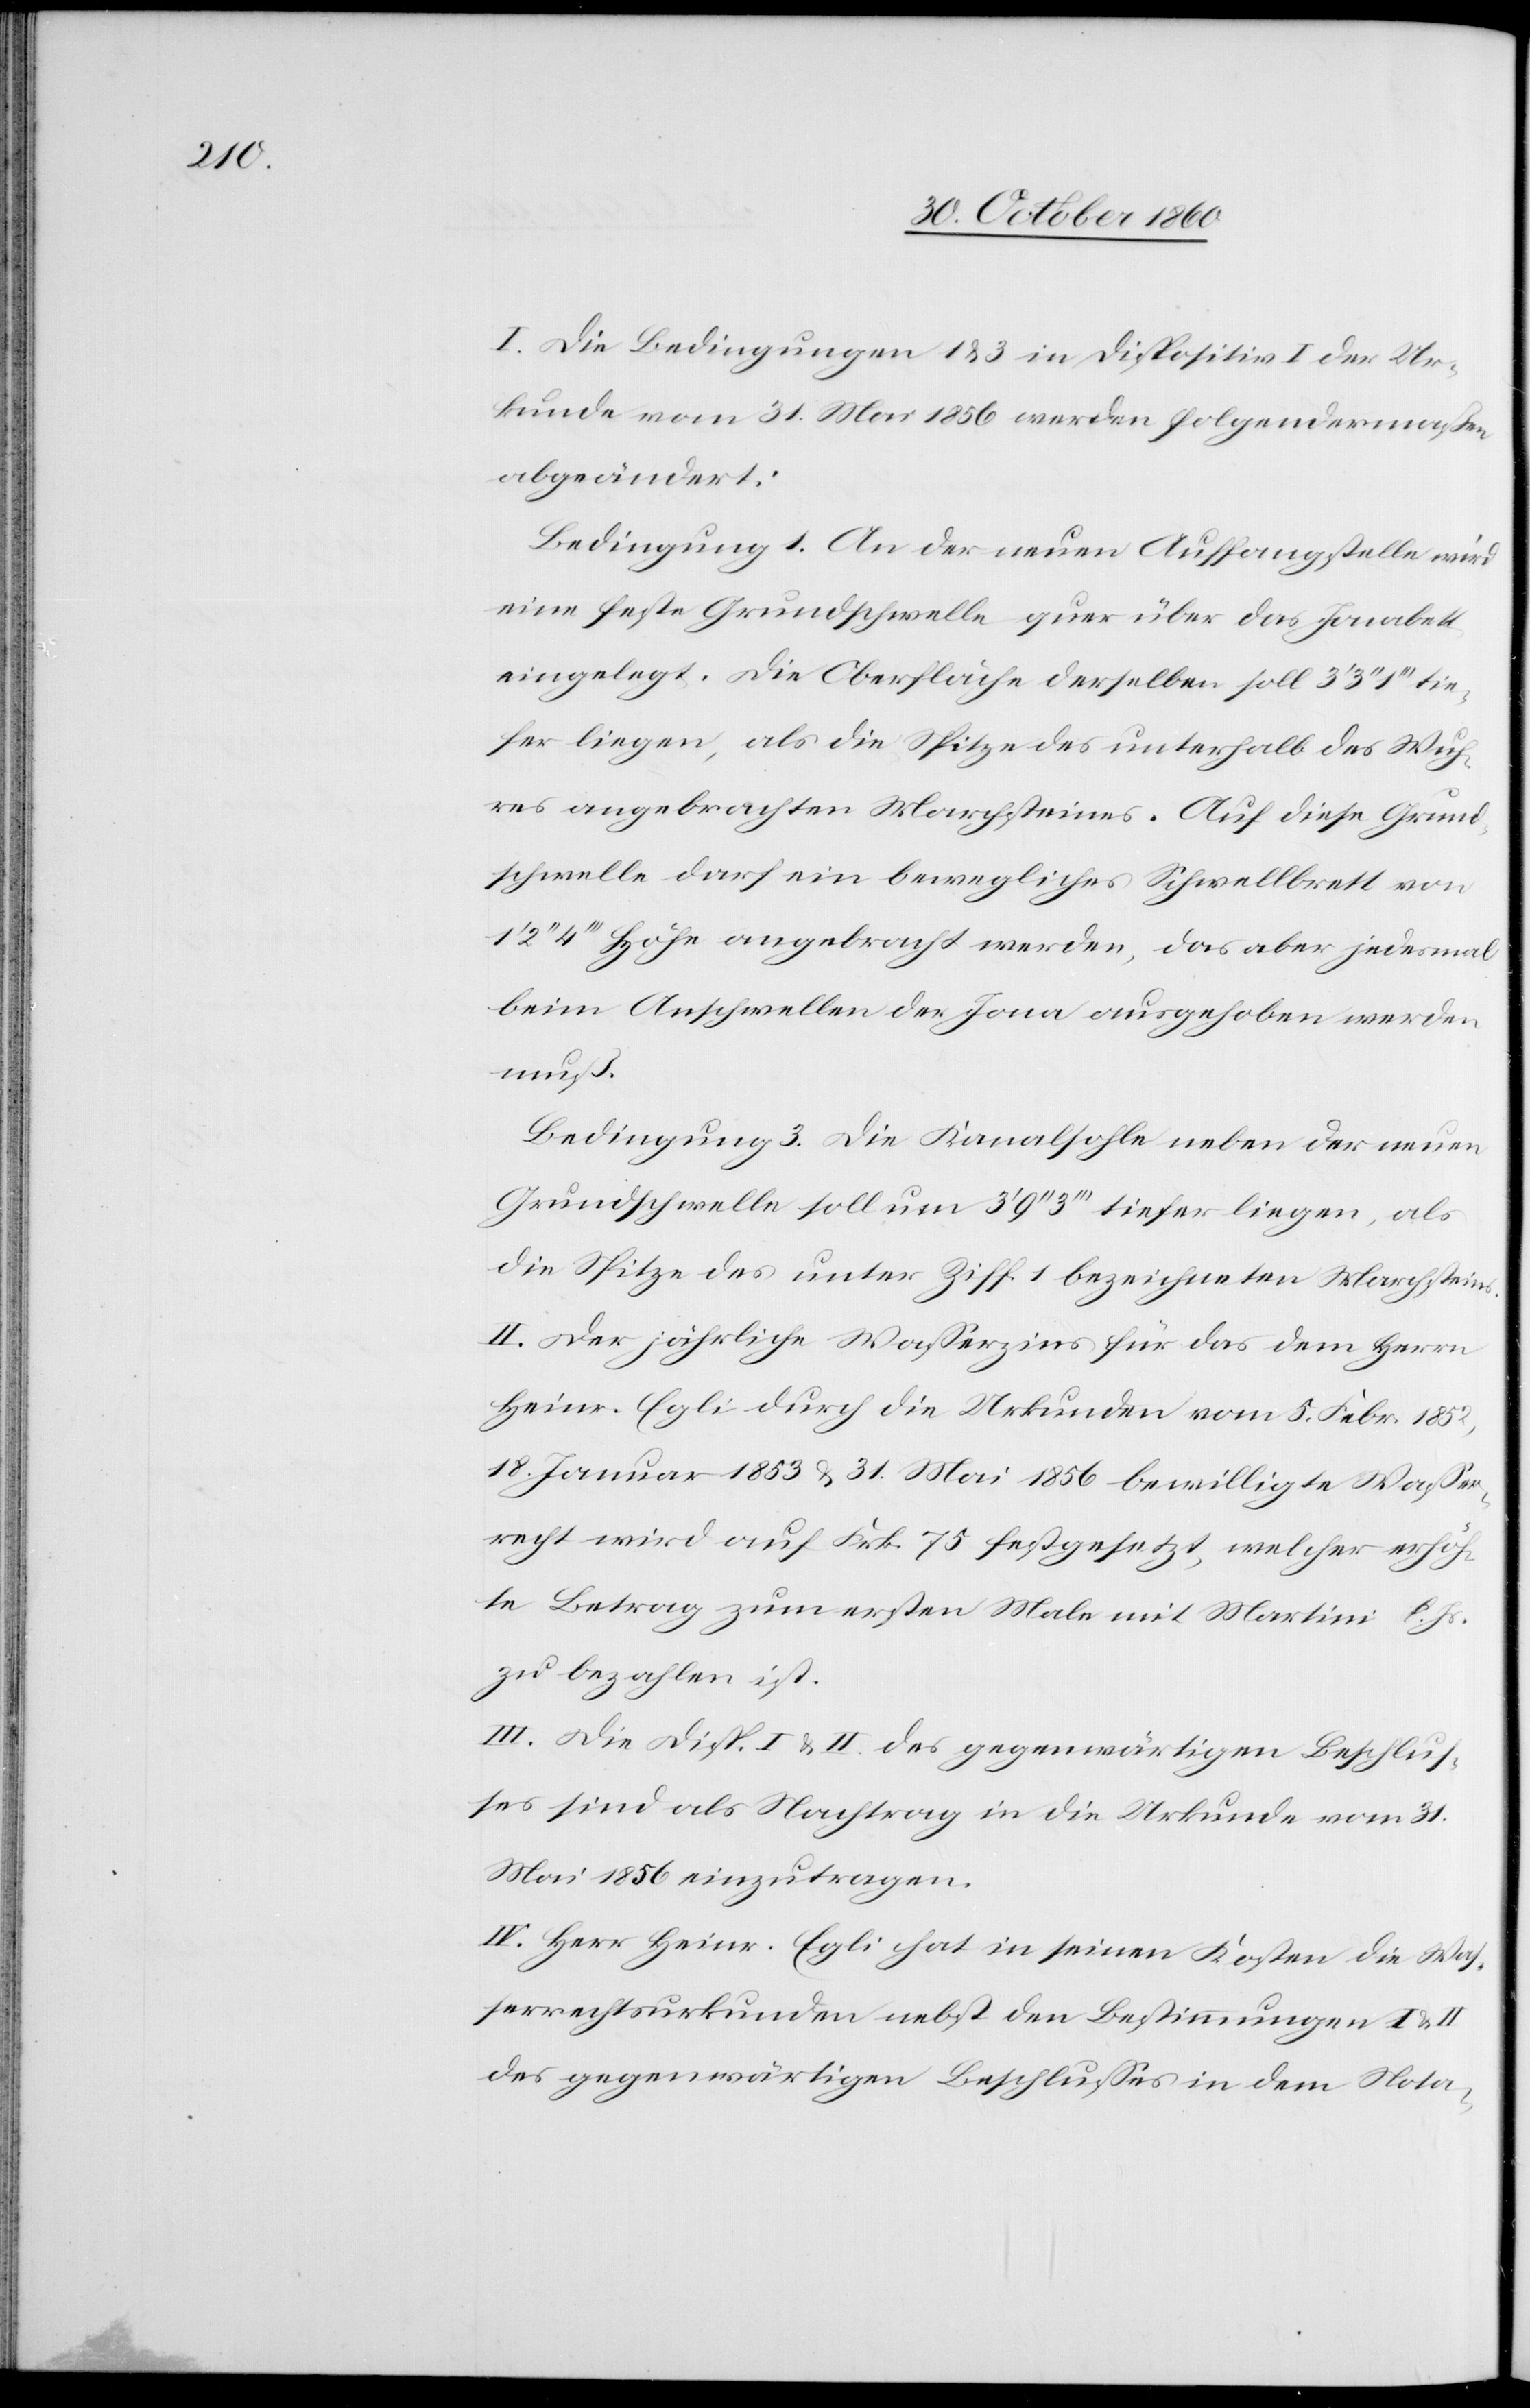
I. Die Bedingungen 1 u. 3 in Dispositiv I der Ur¬
kunde vom 31. Mai 1856 werden folgendermaßen
abgeändert:
Bedingung 1. An der neuen Auffangstelle wird
eine feste Grundschwelle quer über das Jonabett
eingelegt. Die Oberfläche derselben soll 3’ 3’’ 1’’’ tie¬
fer liegen, als die Spitze des unterhalb des Wuh¬
res angebrachten Marchsteines. Auf diese Grund¬
schwelle darf ein bewegliches Schwellbrett von
4’’’ Höhe angebracht werden, das aber jedesmal
beim Anschwellen der Jona ausgehoben werden
muß.
Bedingung 3. Die Kanalsohle neben der neuen
Grundschwelle soll um 3’ 9’’ 3’’’ tiefer liegen, als
die Spitze des unter Ziff. 1 bezeichneten Marchsteins.
II. Der jährliche Wasserzins für das dem Herrn
Heinr. Egli durch die Urkunden vom 5. Febr. 1852,
18. Januar 1853 u. 31. Mai 1856 bewilligte Wasser¬
recht wird auf Frk. 75 festgesetzt, welcher erhöh¬
te Betrag zum ersten Male mit Martini l. Js.
zu bezahlen ist.
III. Die Disp. I u. II des gegenwärtigen Beschlus¬
ses sind als Nachtrag in die Urkunde vom 31.
Mai 1856 einzutragen.
IV. Herr Heinr. Egli hat in seinen Kosten die Was¬
serrechtsurkunden nebst den Bestimmungen I
des gegenwärtigen Beschlusses in dem Nota-